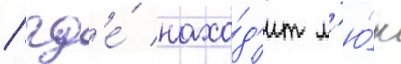
/ гд'е́ нахо́д'ит л'ю́к